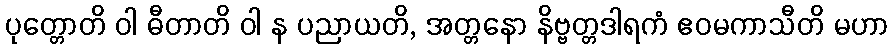
ပုတ္တောတိ ဝါ ဓီတာတိ ဝါ န ပညာယတိ, အတ္တနော နိဗ္ဗတ္တဒါရကံ ဧဝမကာသီတိ မဟာ